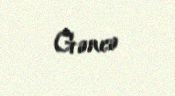
Gəncə